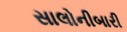
સાલોનીબારી